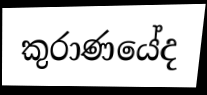
කුරාණයේද